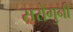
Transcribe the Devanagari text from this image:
सरोगुनी